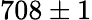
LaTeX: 708\pm 1